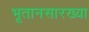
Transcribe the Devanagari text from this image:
भूतानसारख्या